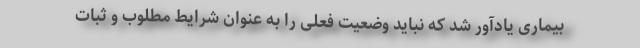
بیماری یادآور شد که نباید وضعیت فعلی را به عنوان شرایط مطلوب و ثبات